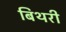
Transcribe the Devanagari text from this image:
बिथरी